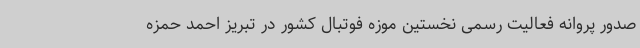
صدور پروانه فعالیت رسمی نخستین موزه فوتبال کشور در تبریز احمد حمزه